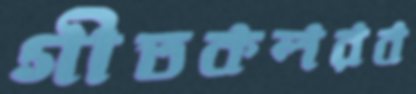
গীতকলরব